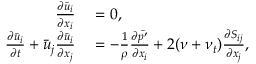
\begin{array} { r l } { \frac { \partial \bar { u } _ { i } } { \partial x _ { i } } } & { { } = 0 , } \\ { \frac { \partial \bar { u } _ { i } } { \partial t } + \bar { u } _ { j } \frac { \partial \bar { u } _ { i } } { \partial x _ { j } } } & { { } = - \frac { 1 } { \rho } \frac { \partial \bar { p ^ { \prime } } } { \partial x _ { i } } + 2 ( \nu + \nu _ { t } ) \frac { \partial S _ { i j } } { \partial x _ { j } } , } \end{array}